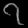
Digit: ၇